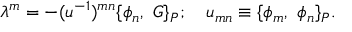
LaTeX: \lambda ^ { m } = - ( u ^ { - 1 } ) ^ { m n } \{ \phi _ { n } , \ G \} _ { P } ; \ \ \ u _ { m n } \equiv \{ \phi _ { m } , \ \phi _ { n } \} _ { P } .